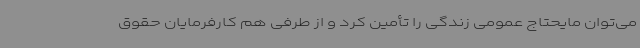
می‌توان مایحتاج عمومی زندگی را تأمین کرد و از طرفی هم کارفرمایان حقوق